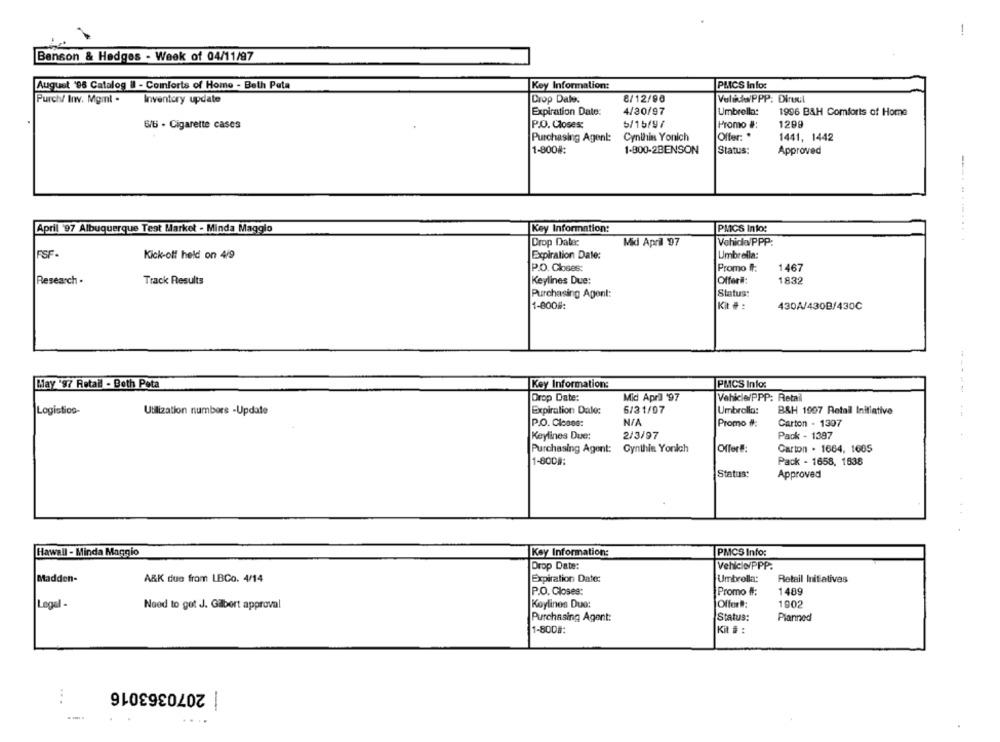
1
Benson & Hedges - Week of 04/11/97
August '95 Catalog il - Comforts of Home - Beth Peta
Key Information:
PMICS Infos
Purch/ Inv. Mgmt -
Inventory update
Drop Dale.
8/12/90
Velikaw/PPP: Dirucl
Expiration Date:
4/30/97
Umbrella:
1996 B&H Comforts of Home
6/6 - Cigarette cases
P.O. Closes:
5/15/9/
Promo #:
1299
Purchasing Agent:
Cynthia Yonich
Offer: *
1441, 1442
1-800#:
1-800-2BENSON
Status:
Approved
April '97 Albuquerque Test Market - Minda Maggio
Key Information:
PMCS Into:
Drop Date:
Mid April 97
Vehida/PPP:
---........
FSF-
Kick-off held on 4/9
Expiration Date:
Umbrella:
P.O. Closes:
Promo #:
1467
Research .
Track Results
Keylines Due:
Offeri:
1832
Purchasing Agent:
Status:
1-800#:
Kit #:
430A/430B/430℃
May '97 Retail - Both Peta
Key Information:
PMCS Info:
Drop Date:
Mid April '97
Vehicle/PPP: Retail
Logistios-
Utilization numbers -Update
Expiration Date:
6/31/07
Umbrolla:
B&H 1907 Retail Initiative
P.O. Closes:
Promo #:
Carton - 1307
Keylines Due:
2/3/97
Pack - 1387
Purchasing Agent:
Cynthia Yonich
Offer !:
Carton . 1664, 1665
Pack - 1658, 1838
1-800#:
Status:
Approved
Hawall - Minda Maggio
Key Information:
PMCS Info:
Drop Date:
Vehicle/PPP.
Madden-
A&K due from LBCo. 4/14
Expiration Date:
Umbrella:
Retail Initiatives
P.O. Closes:
Promo #:
1489
Legel -
Need to get J. Gilbert approval
Koylines Duo:
Offer#:
1902
Purchasing Agent:
Status:
Planned
1-8008:
Kit # :
| 2070363016
...
--.